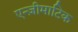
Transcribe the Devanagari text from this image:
एन्ज़ीमाटिक